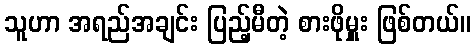
သူဟာ အရည်အချင်း ပြည့်မီတဲ့ စားဖိုမှူး ဖြစ်တယ်။